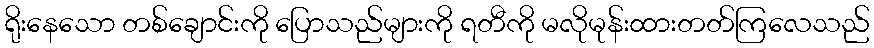
ရိုးနေသော တစ်ချောင်းကို ပြောသည်များကို ရတီကို မလိုမုန်းထားတတ်ကြလေသည်